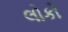
લોકો